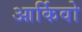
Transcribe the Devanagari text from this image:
आर्किवो